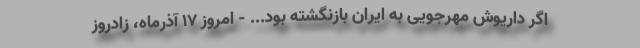
اگر داریوش مهرجویی به ایران بازنگشته بود... - امروز 17 آذرماه، زادروز